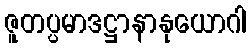
ဇူတပ္ပမာဒဋ္ဌာနာနုယောဂါ